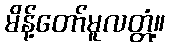
မိန့်တော်မူလတ္တံ့။